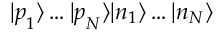
| \boldsymbol { p } _ { 1 } \rangle \dots | \boldsymbol { p } _ { N } \rangle | n _ { 1 } \rangle \dots | n _ { N } \rangle